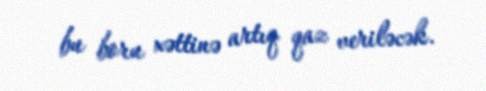
bu boru xəttinə artıq qaz veriləcək.